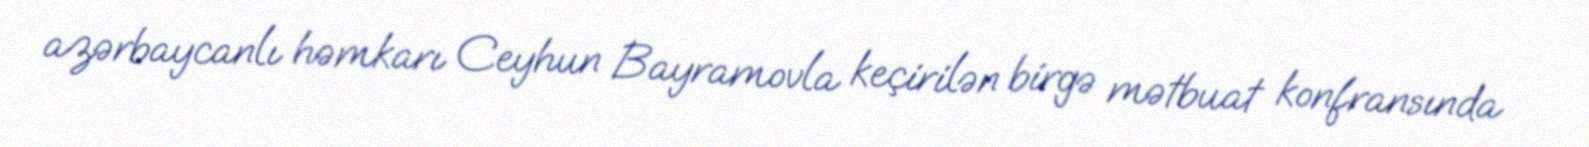
azərbaycanlı həmkarı Ceyhun Bayramovla keçirilən birgə mətbuat konfransında